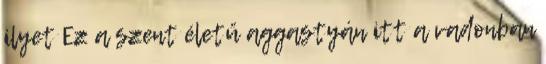
ilyet Ez a szent életű aggastyán itt a vadonban